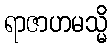
ရာဇာဟမသ္မိ